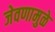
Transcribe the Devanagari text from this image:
जेवणामुळे